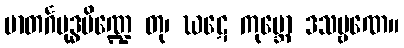
မာတင်္ဂမုဒ္ဓပိဏ္ဍေ တု၊ ဃဋေ ကုမ္ဘော ဒသမ္ဗဏေ။